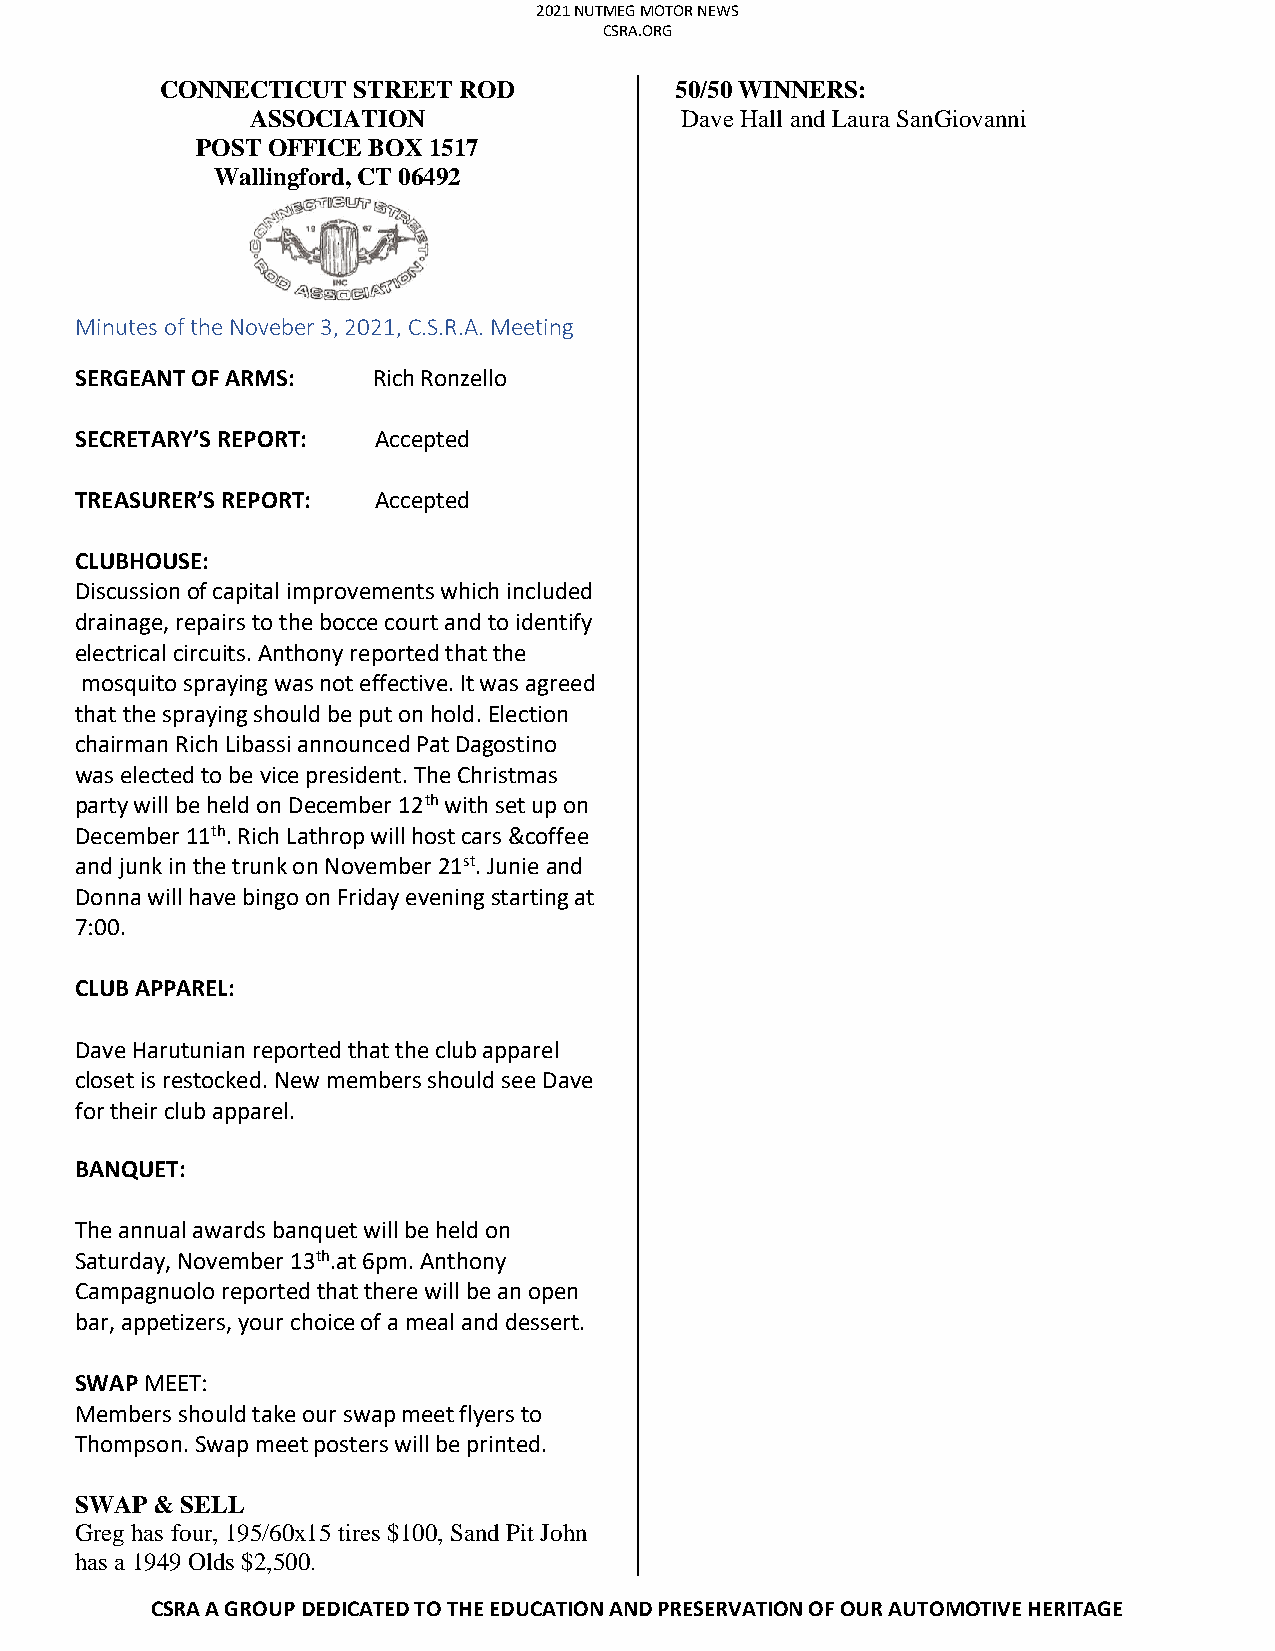
2021 NUTMEG MOTOR NEWS
 CSRA.ORG
 CONNECTICUT STREET ROD            50/50 WINNERS:
 ASSOCIATION                 Dave Hall and Laura SanGiovanni
 POST OFFICE BOX 1517
 Wallingford, CT 06492
 Minutes of the Noveber 3, 2021, C.S.R.A. Meeting
 SERGEANT OF ARMS:   Rich Ronzello
 SECRETARY’S REPORT: Accepted
 TREASURER’S REPORT: Accepted
 CLUBHOUSE:
 Discussion of capital improvements which included
 drainage, repairs to the bocce court and to identify
 electrical circuits. Anthony reported that the
 mosquito spraying was not effective. It was agreed
 that the spraying should be put on hold. Election
 chairman Rich Libassi announced Pat Dagostino
 was elected to be vice president. The Christmas
 party will be held on December 12th with set up on
 December 11th. Rich Lathrop will host cars &coffee
 and junk in the trunk on November 21st. Junie and
 Donna will have bingo on Friday evening starting at
 7:00.
 CLUB APPAREL:
 Dave Harutunian reported that the club apparel
 closet is restocked. New members should see Dave
 for their club apparel.
 BANQUET:
 The annual awards banquet will be held on
 Saturday, November 13th.at 6pm. Anthony
 Campagnuolo reported that there will be an open
 bar, appetizers, your choice of a meal and dessert.
 SWAP MEET:
 Members should take our swap meet flyers to
 Thompson. Swap meet posters will be printed.
 SWAP & SELL
 Greg has four, 195/60x15 tires $100, Sand Pit John
 has a 1949 Olds $2,500.
 CSRA A GROUP DEDICATED TO THE EDUCATION AND PRESERVATION OF OUR AUTOMOTIVE HERITAGE